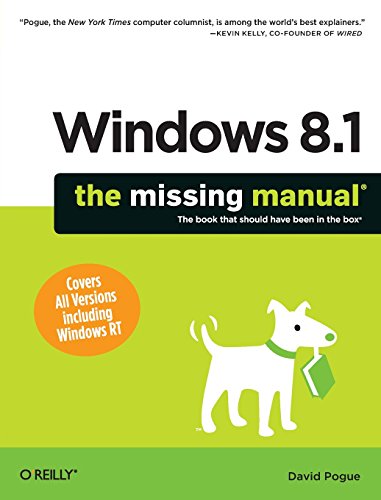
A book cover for Windows 8.1: The Missing Manual; David Pogue; Computers & Technology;